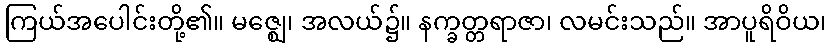
ကြယ်အပေါင်းတို့၏။ မဇ္ဈေ၊ အလယ်၌။ နက္ခတ္တရာဇာ၊ လမင်းသည်။ အာပူရိဝိယ၊